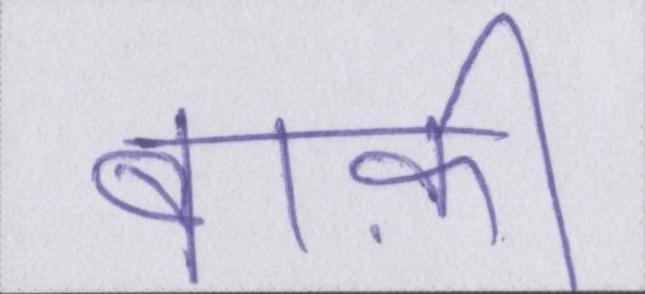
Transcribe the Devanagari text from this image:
बाक़ी